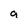
Character: a